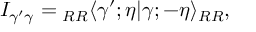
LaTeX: I _ { \gamma ^ { \prime } \gamma } = { } _ { R R } \langle \gamma ^ { \prime } ; \eta | \gamma ; - \eta \rangle _ { R R } ,